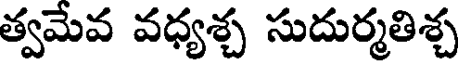
త్వమేవ వధ్యశ్చ సుదుర్మతిశ్చ